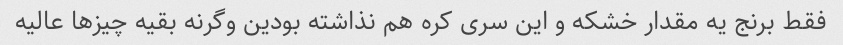
فقط برنج یه مقدار خشکه و این سری کره هم نذاشته بودین وگرنه بقیه چیزها عالیه